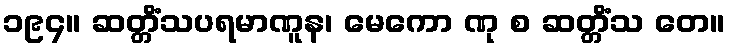
၁၉၄။ ဆတ္တိံသပရမာဏူန၊ မေကော ဏု စ ဆတ္တိံသ တေ။